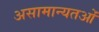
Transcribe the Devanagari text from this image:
असामान्यतओं